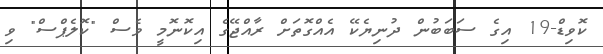
ކޮވިޑް-19 އިގެ ސަބަބުން ދުނިޔެކޭ އެއްގޮތަށް ރާއްޖޭގެ އިކޮނޮމީ ވެސް "ކޮލެޕްސް" ވި